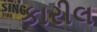
કારીલ